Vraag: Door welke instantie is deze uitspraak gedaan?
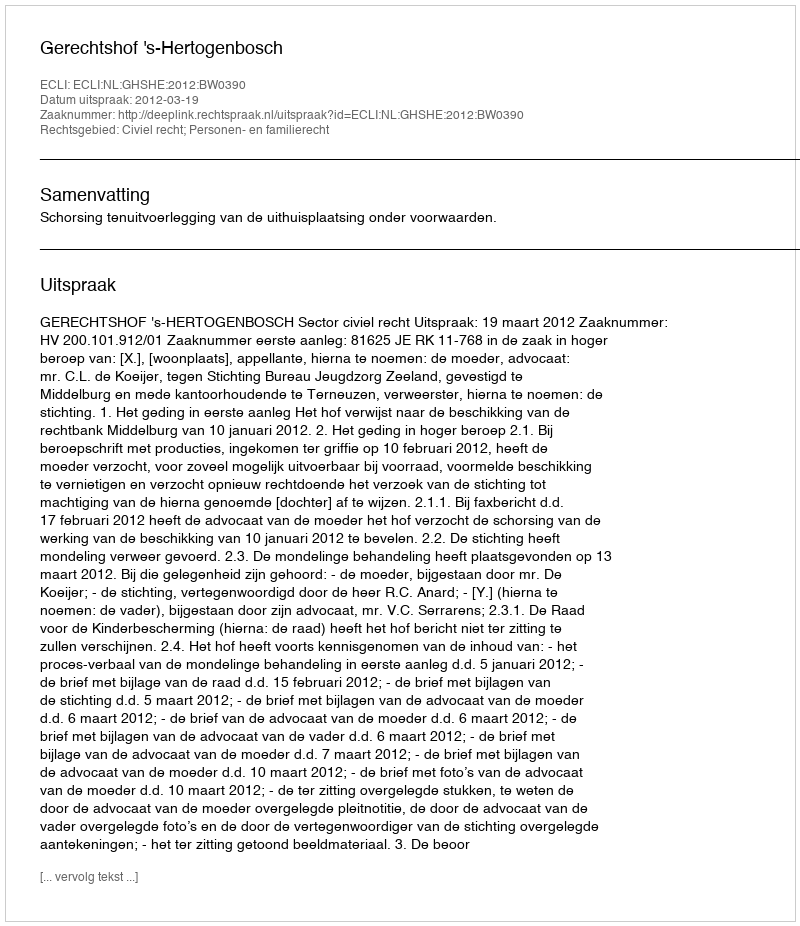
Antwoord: Gerechtshof 's-Hertogenbosch